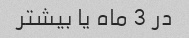
در 3 ماه یا بیشتر